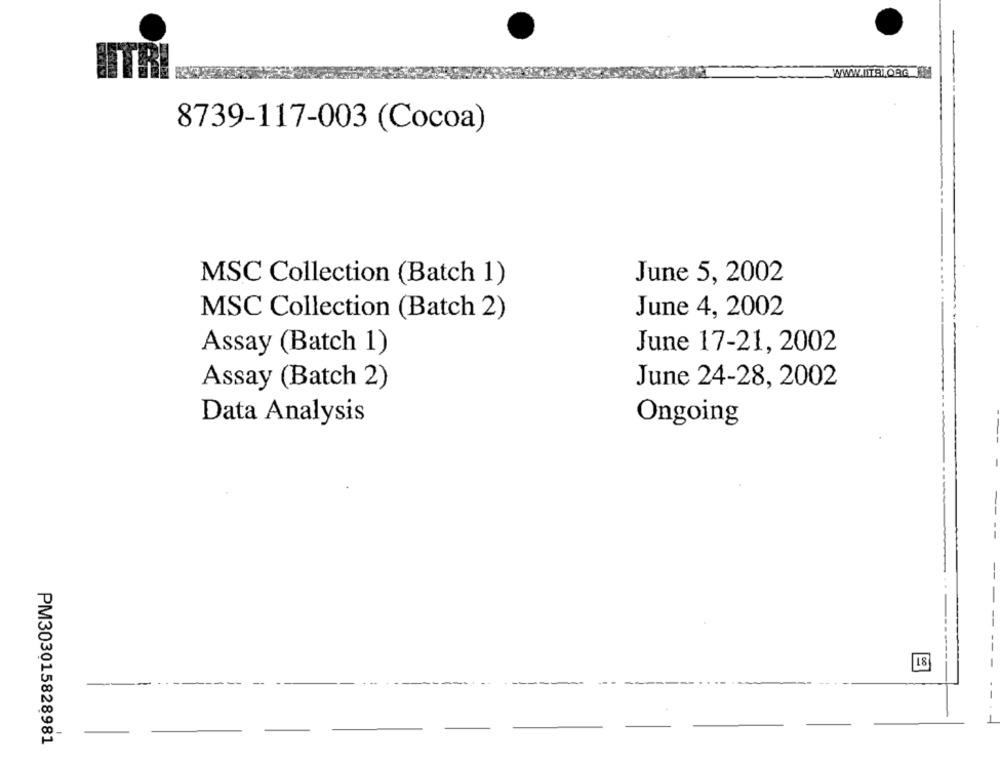
WWW.ITALORG BM
8739-117-003 (Cocoa)
MSC Collection (Batch 1)
June 5, 2002
June 4, 2002
MSC Collection (Batch 2)
Assay (Batch 1)
June 17-21, 2002
June 24-28, 2002
Assay (Batch 2)
Data Analysis
Ongoing
--
--
--
-
-
------
18
---
--
PM303015828981